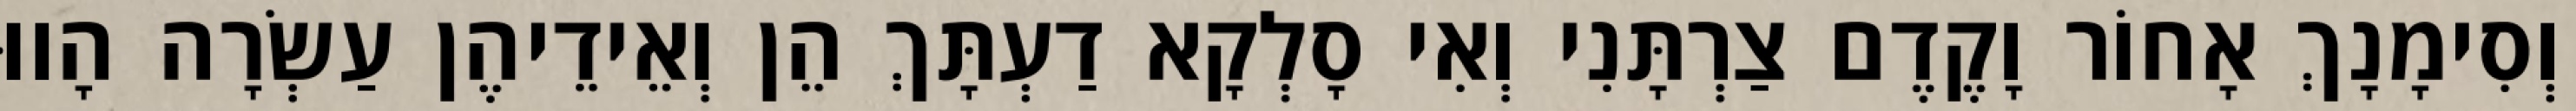
וְסִימָנָךְ אָחוֹר וָקֶדֶם צַרְתָּנִי וְאִי סָלְקָא דַעְתָּךְ הֵן וְאֵידֵיהֶן עַשְׂרָה הָווּ